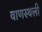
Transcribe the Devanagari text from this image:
वाणस्थली